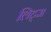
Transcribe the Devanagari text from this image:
लिट्ज